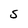
Character: S